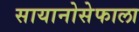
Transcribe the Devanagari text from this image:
सायानोसेफाला